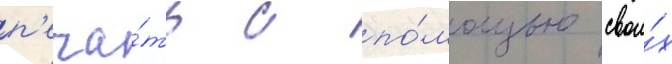
п'еча́ть с по́мощью свои́х